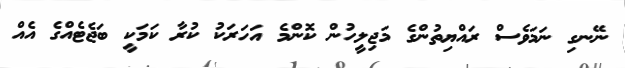
ނޭނގި ނަމަވެސް ރައްޔިތުންގެ މަޖިލީހުން ކޮންމެ އަހަރަކު ކުރާ ކަމަކީ ބަޖެޓެއްގެ އެއް